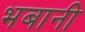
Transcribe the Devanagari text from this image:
भबानी